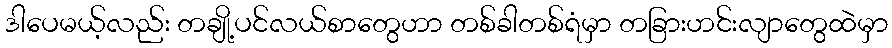
ဒါပေမယ့်လည်း တချို့ပင်လယ်စာတွေဟာ တစ်ခါတစ်ရံမှာ တခြားဟင်းလျာတွေထဲမှာ